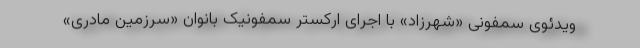
ویدئوی سمفونی «شهرزاد» با اجرای ارکستر سمفونیک بانوان «سرزمین مادری»